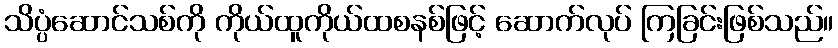
သိပ္ပံဆောင်သစ်ကို ကိုယ်ထူကိုယ်ထစနစ်ဖြင့် ဆောက်လုပ် ကြခြင်းဖြစ်သည်။